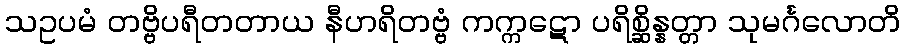
သဥပမံ တဗ္ဗိပရီတတာယ နီဟရိတဗ္ဗံ ကက္ကဋော ပရိစ္ဆိန္နတ္တာ သုမင်္ဂလောတိ